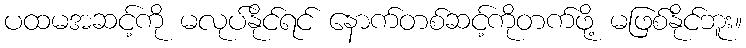
ပထမအဆင့်ကို မလုပ်နိုင်ရင် နောက်တစ်ဆင့်ကိုတက်ဖို့ မဖြစ်နိုင်ဘူး။